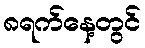
၈ရက်နေ့တွင်